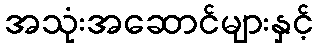
အသုံးအဆောင်များနှင့်